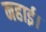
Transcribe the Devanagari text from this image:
नहाई।